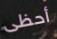
أحظى